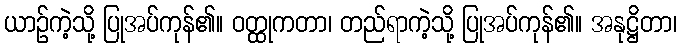
ယာဉ်ကဲ့သို့ ပြုအပ်ကုန်၏။ ဝတ္ထုကတာ၊ တည်ရာကဲ့သို့ ပြုအပ်ကုန်၏။ အနုဋ္ဌိတာ၊